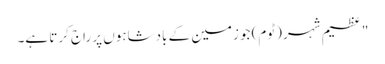
" عظیم شہر (ٹوم) جو زمین کے بادشاہوں پر راج کرتا ہے۔